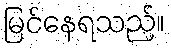
မြင်နေရသည်။